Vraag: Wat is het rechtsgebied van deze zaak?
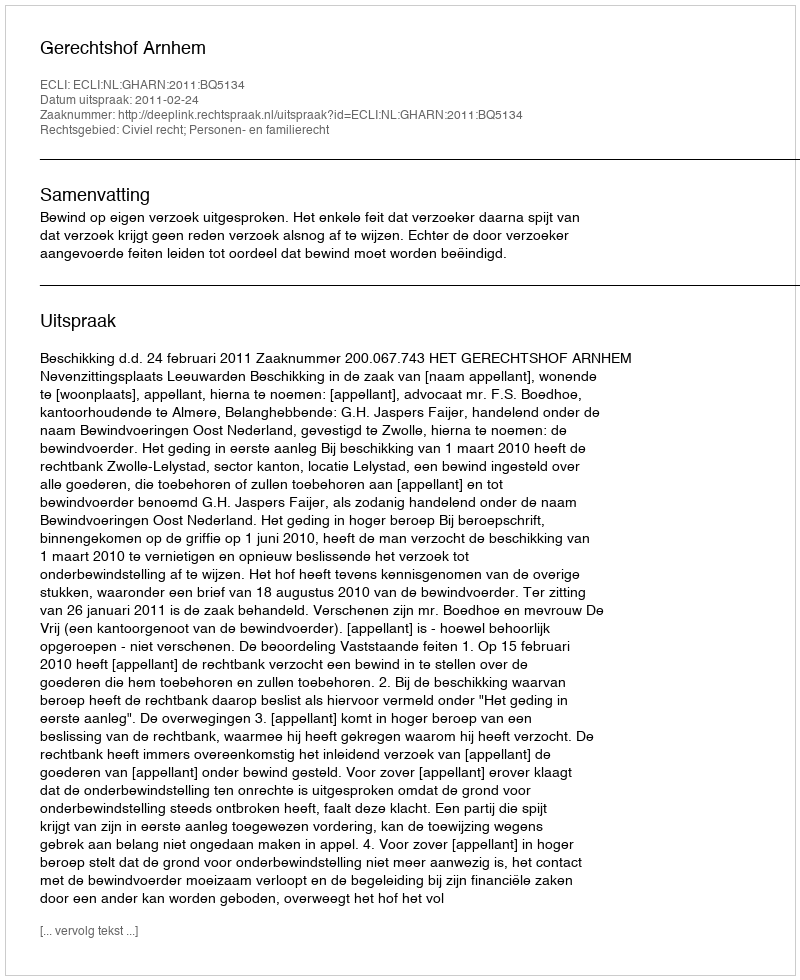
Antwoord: Civiel recht; Personen- en familierecht